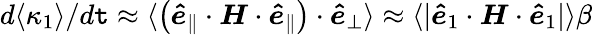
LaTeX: d\langle\kappa_{1}\rangle/d\mathtt{t}\approx\langle\left(\boldsymbol{\hat{{e}}}_{\parallel}\cdot\boldsymbol{H}\cdot\boldsymbol{\hat{{e}}}_{\parallel}\right)\cdot\boldsymbol{\hat{{e}}}_{\perp}\rangle\approx\langle|\boldsymbol{\hat{{e}}}_{1}\cdot\boldsymbol{H}\cdot\boldsymbol{\hat{{e}}}_{1}|\rangle\beta